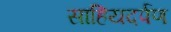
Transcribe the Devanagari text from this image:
साहियदर्पण